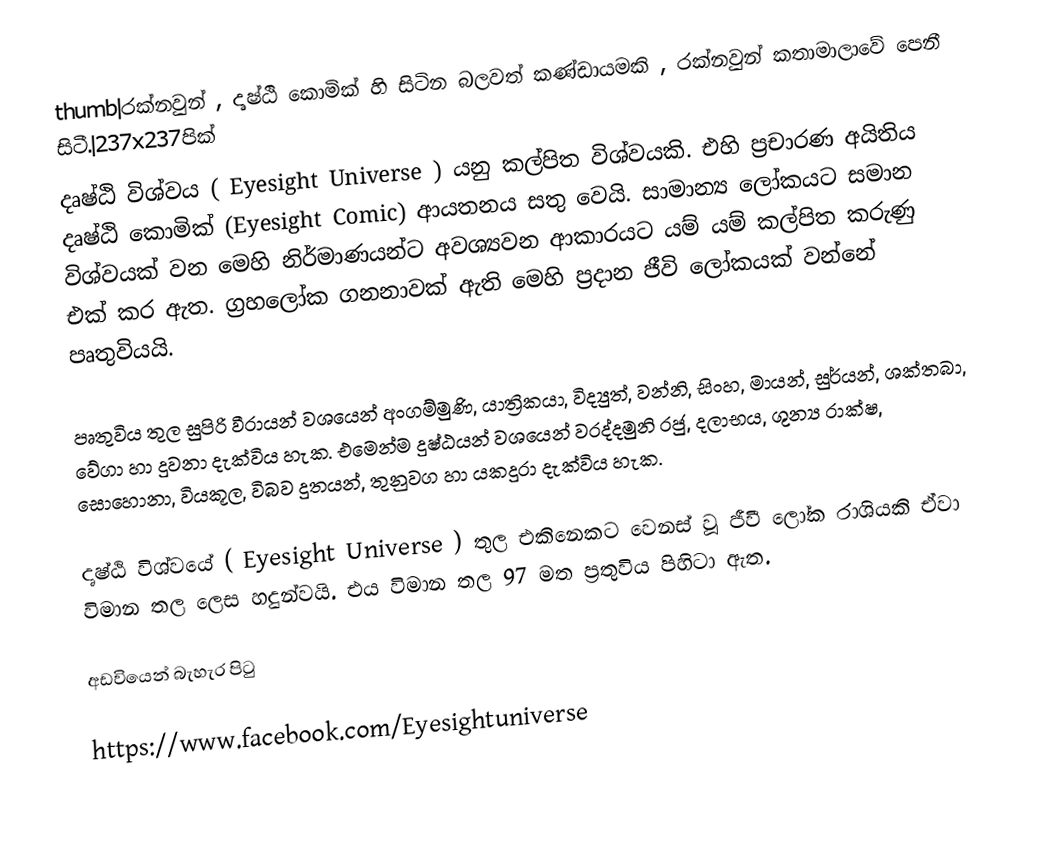
thumb|රක්නවුන් , දෘෂ්ඨි කොමික් හි සිටින බලවත් කණ්ඩායමකි , රක්නවුන් කතාමාලාවේ පෙනී සිටී.|237x237පික්
දෘෂ්ඨි විශ්වය ( Eyesight Universe  ) යනු කල්පිත විශ්වයකි. එහි ප්‍රචාරණ අයිතිය දෘෂ්ඨි කොමික් (Eyesight Comic) ආයතනය සතු වෙයි. සාමාන්‍ය ලෝකයට සමාන විශ්වයක් වන මෙහි නිර්මාණයන්ට අවශ්‍යවන ආකාරයට යම් යම් කල්පිත කරුණු එක් කර ඇත. ග්‍රහලෝක ගනනාවක් ඇති මෙහි ප්‍රදාන ජීවි ලෝකයක් වන්නේ පෘතුවියයි.

පෘතුවිය තුල සුපිරි වීරායන් වශයෙන් අංගම්මුණි, යාත්‍රිකයා, විද්‍යුත්,  වන්නි, සිංහ, මායන්, සුර්යන්, ශක්තබා, වේගා හා දුවනා දැක්විය හැක. එමෙන්ම දුෂ්ඨයන් වශයෙන් වරද්දමුනි රජු, දලාභය, ශුන්‍ය රාක්ෂ, සොහොනා, වියකූල, විබව දුතයන්, තුනුවග හා යකදුරා දැක්විය හැක.

දෘෂ්ඨි විශ්වයේ ( Eyesight Universe ) තුල එකිනෙකට වෙනස් වූ ජීවී ලෝක රාශියකි ඒවා විමාන තල ලෙස හදුන්වයි. එය විමාන තල 97 මත ප්‍රතුවිය  පිහිටා ඇත.

අඩවියෙන් බැහැර පිටු

 https://www.facebook.com/Eyesightuniverse